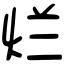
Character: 烂